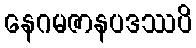
နေဂမဇာနပဒဿပိ